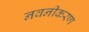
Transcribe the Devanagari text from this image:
नवनीकरण